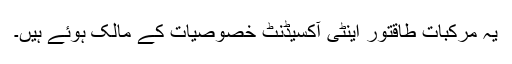
یہ مرکبات طاقتور اینٹی آکسیڈنٹ خصوصیات کے مالک ہوئے ہیں۔